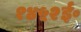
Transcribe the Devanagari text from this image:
१४५२ई॰